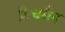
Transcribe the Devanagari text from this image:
फ्रैचमैन